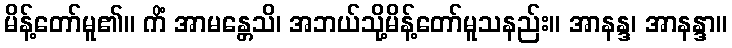
မိန့်တော်မူ၏။ ကိံ အာမန္တေသိ၊ အဘယ်သို့မိန့်တော်မူသနည်း။ အာနန္ဒ၊ အာနန္ဒာ။